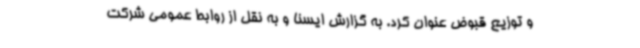
و توزیع قبوض عنوان کرد. به گزارش ایسنا و به نقل از روابط عمومی شرکت